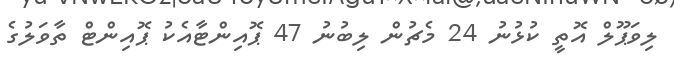
ލިވަޕޫލް އޮތީ ކުޅުނު 24 މެޗުން ލިބުނު 47 ޕޮއިންޓާއެކު ޕޮއިންޓް ތާވަލުގެ